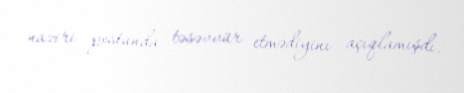
naziri postunda təsəvvür etmədiyinı açıqlamışdı.